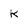
Character: K